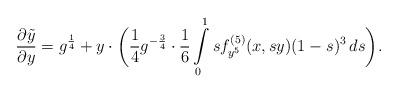
LaTeX: \begin{align*}\frac{\partial \tilde y}{\partial y} = g^{\frac{1}{4}} + y \cdot \biggl( \frac{1}{4}g^{-\frac{3}{4}} \cdot \frac{1}{6}\int\limits_{0}^1 s f_{y^{5}}^{(5)}(x,sy)(1-s)^3\,ds \biggr).\end{align*}